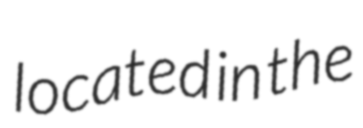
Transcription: located in the